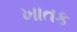
ખાતક